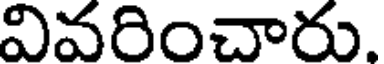
వివరించారు.